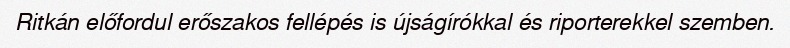
Ritkán előfordul erőszakos fellépés is újságírókkal és riporterekkel szemben.